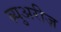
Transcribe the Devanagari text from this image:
ब्र्युअरीज़